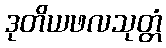
ဒုတိယဖလသုတ္တံ